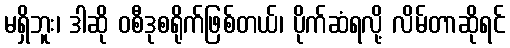
မရှိဘူး၊ ဒါဆို ဝစီဒုစရိုက်ဖြစ်တယ်၊ ပိုက်ဆံရလို့ လိမ်တာဆိုရင်